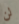
لن